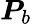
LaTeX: \boldsymbol{P}_{b}